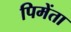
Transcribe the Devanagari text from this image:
पिमेंता